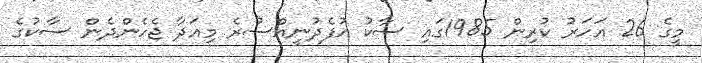
މީގެ 26 އަހަރު ކުރިން 1985ގައި ސާކު އުފެދުނީއްސުރެ މިއަދާ ޖެހެންދެން ސާކުގެ